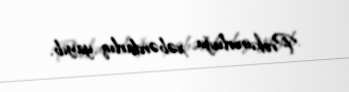
Prokurorluğu xəbərdarlıq yayıb.